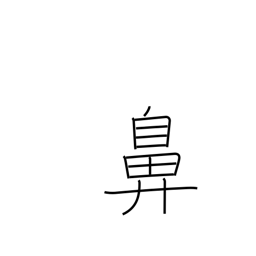
Meaning: nose